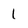
Character: 1